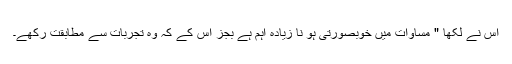
اس نے لکھا " مساوات میں خوبصورتی ہو نا زیادہ اہم ہے بجز اس کے کہ وہ تجربات سے مطابقت رکھے۔